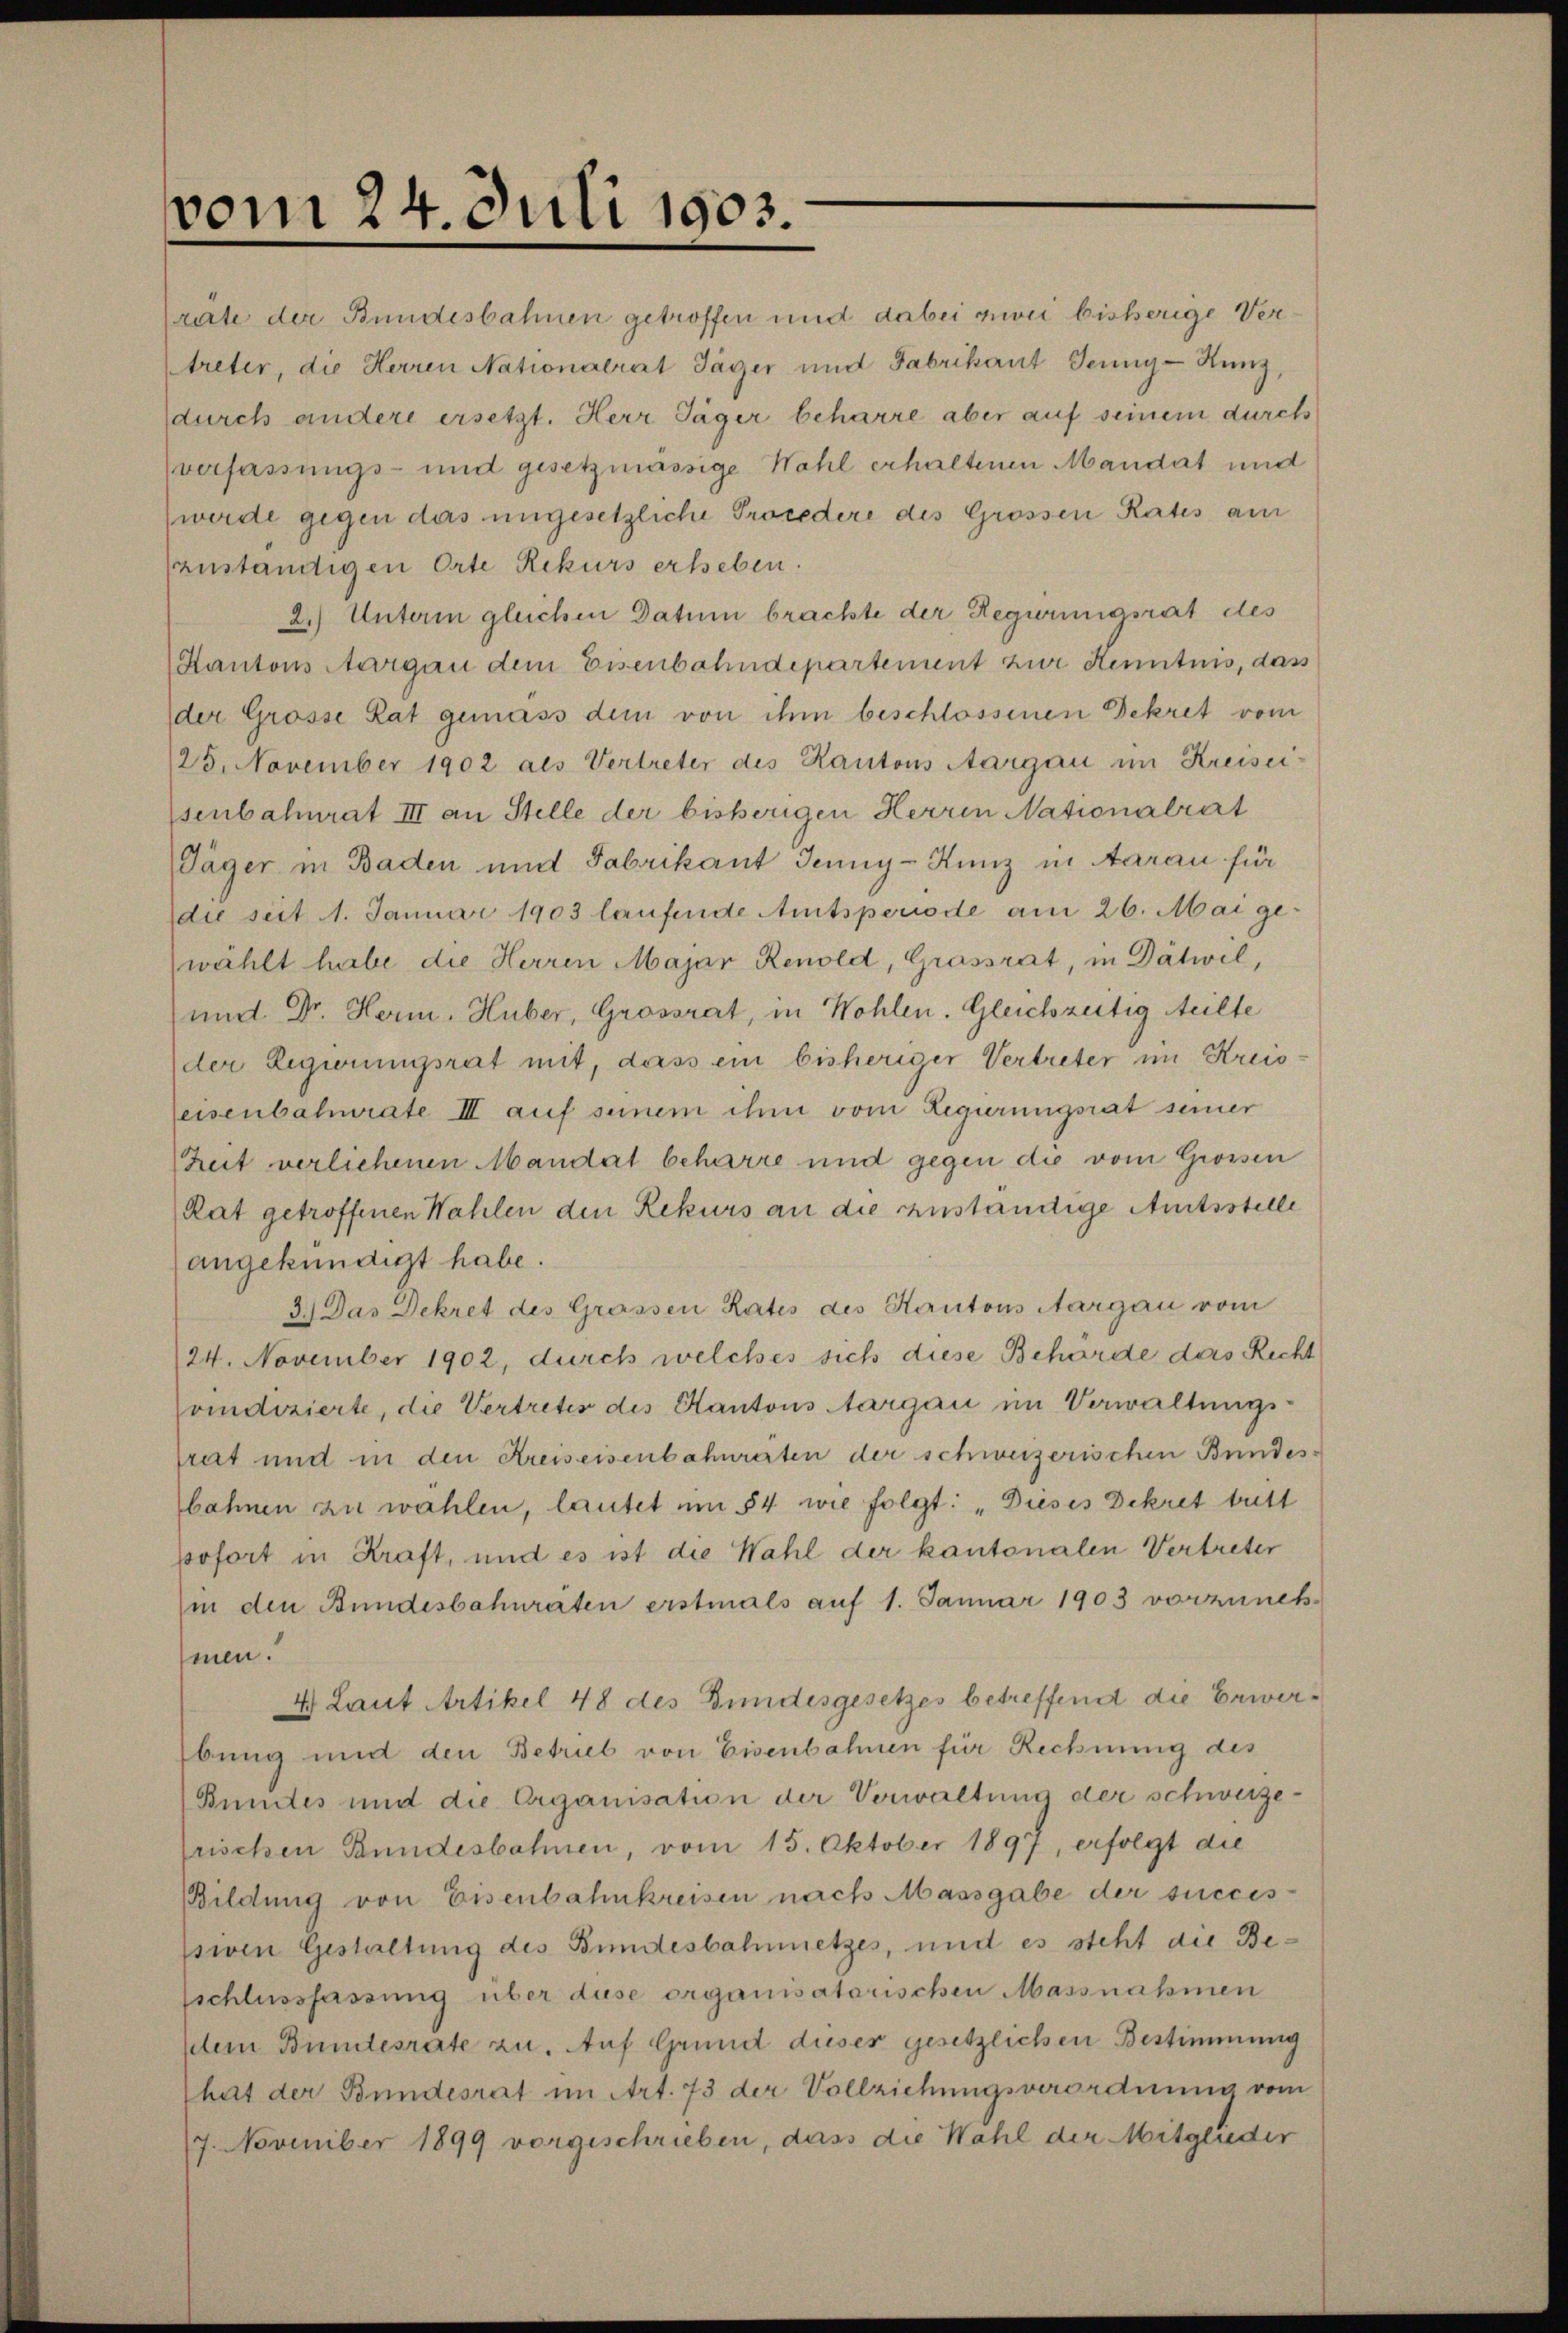
vom 24. Juli 1903.

rate der Bundesbahnen getroffen und dabei zwei bisherige Vertreter, die Herren Nationalrat Jäger und Fabrikant Jeŭng-Kunz,
durch andere ersetzt. Herr Jäger beharre aber auf seinem durch
verfassungs- und gesetzmässige Wahl erhaltenen Mandat und
werde gegen das ungesetzliche Procedere des Grossen Rates am
zuständigen Orte Rekurs erheben.
2.) Unterm gleichen Datum brachte der Regurungsrat des
Kantons Aargau dem Eisenbahndepartement zur Kenntnis, dass
der Grosse Rat gemäss dem von ihm beschlossenen Dekret vom
25. November 1902 als Vertreter des Kantons Aargau im Kreisei
senbahnrat III an Stelle der bisherigen Herren Nationalrat
Jäger in Baden und Fabrikant Jenny-Kunz in Aarau für
die seit 1. Januar 1903 laufende Amtsperiode am 26. Mai gewählt habe die Herren Majar Renold, Grossrat, in Dätwil,
und Dr. Herm. Huber, Grossrat, in Wohlen. Gleichzeitig Multe
der Regierungsrat mit, dass ein bisheriger Vertreter im Kreis
seisenbahnrate III auf seinem ihm vom Regierungsrat seiner
Zeit verliehenen Mandat beharre und gegen die vom Grossen
Rat getroffenen Wahlen den Rekurs an die zuständige Amtsstelle
angekündigt habe.
3.) Das Dekret des Grassen Rates des Kantons Aargau vom
24. November 1902, durch welches sich diese Behörde das Recht
ondizierte, die Vertretes des Kantons Aargau im Verwaltungsprat und in den Kreiseisenbahnräten der schweizerischen Bundes
bahnen zu wählen, lautet um 54 wie folgt: „Dieses Dekret tutt
pofort in Kraft, und es ist die Wahl der kantonalen Vertreter
in den Bundesbahnräten erstmals auf 1. Januar 1903 vorzuneh
men.
4. Laut Artikel 48 des Bundesgesetzes betreffend die Erwer¬
Übung und den Betrieb von Eisenbahnen für Rechnung des
Bundes und die Organisation der Verwaltung der schwerze-
frischen Bundesbahnen, vom 15. Oktober 1897, erfolgt die
Bildung von Eisenbahnkreisen nach Massgabe der succes-
ssiven Gestaltung des Bundesbahnnetzes, und es steht die Besschlussfassung über diese organisatorischen Massnahmen
dem Bundesrate zu. Auf Grund dieser gesetzlichen Bestimmung
that der Bundesrat im Art. 73 der Vollziehungsverordnung vom
17. November 1899 vorgeschrieben, dass die Wahl der Mitglieder